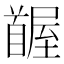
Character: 𩠭